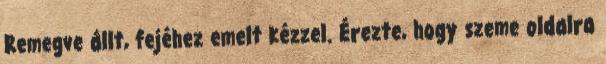
Remegve állt, fejéhez emelt kézzel. Érezte, hogy szeme oldalra